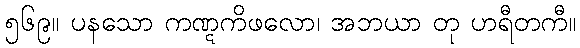
၅၆၉။ ပနသော ကဏ္ဋကိဖလော၊ အဘယာ တု ဟရီတကီ။